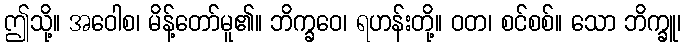
ဤသို့။ အဝေါစ၊ မိန့်တော်မူ၏။ ဘိက္ခဝေ၊ ရဟန်းတို့။ ဝတ၊ စင်စစ်။ သော ဘိက္ခူ၊